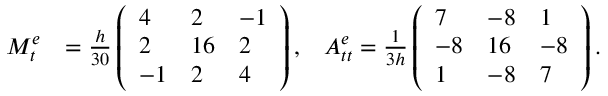
\begin{array} { r l r } { M _ { t } ^ { e } } & { = \frac { h } { 3 0 } \left( \begin{array} { l l l } { 4 } & { 2 } & { - 1 } \\ { 2 } & { 1 6 } & { 2 } \\ { - 1 } & { 2 } & { 4 } \end{array} \right) , } & { A _ { t t } ^ { e } = \frac { 1 } { 3 h } \left( \begin{array} { l l l } { 7 } & { - 8 } & { 1 } \\ { - 8 } & { 1 6 } & { - 8 } \\ { 1 } & { - 8 } & { 7 } \end{array} \right) . } \end{array}